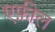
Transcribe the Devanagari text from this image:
एफ़ील